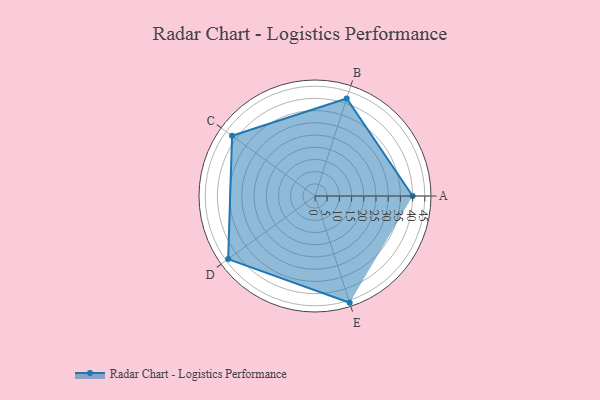
{"axis": {"x": "Skill", "y": "Score"}, "legend": ["Profile"], "data": [{"x": "A", "y": 40.0, "type": "Profile"}, {"x": "B", "y": 42.0, "type": "Profile"}, {"x": "C", "y": 42.0, "type": "Profile"}, {"x": "D", "y": 44.0, "type": "Profile"}, {"x": "E", "y": 46.0, "type": "Profile"}]}